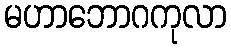
မဟာဘောဂကုလာ